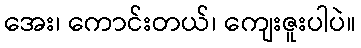
အေး၊ ကောင်းတယ်၊ ကျေးဇူးပါပဲ။